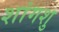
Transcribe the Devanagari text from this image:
शांगशु